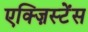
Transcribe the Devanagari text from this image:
एक्ज़िस्टेंस